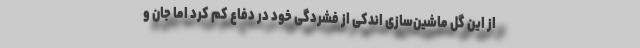
از این گل ماشین‌سازی اندکی از فشردگی خود در دفاع کم کرد اما جان و